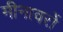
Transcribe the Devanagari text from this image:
मीनावरों